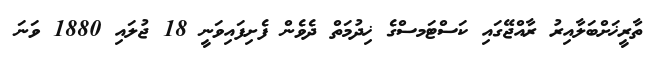
ތާރީޚަށްބަލާއިރު ރާއްޖޭގައި ކަސްޓަމސްގެ ޚިދުމަތް ދެވެން ފެށިފައިވަނީ 18 ޖުލައި 1880 ވަނަ